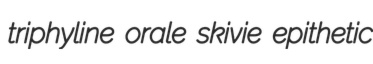
triphyline orale skivie epithetic